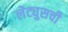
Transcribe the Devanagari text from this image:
लेट्युसची